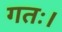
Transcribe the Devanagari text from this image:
गतः।